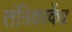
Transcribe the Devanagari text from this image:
तंत्रिकाकेंद्र